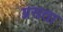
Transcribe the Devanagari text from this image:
ग्रसता